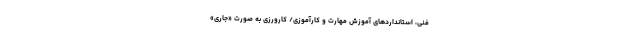
فنی، استانداردهای آموزش مهارت‌ و کارآموزی/ کارورزی به صورت «جاری»